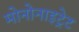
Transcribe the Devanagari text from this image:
मोनोनाइट्रेट